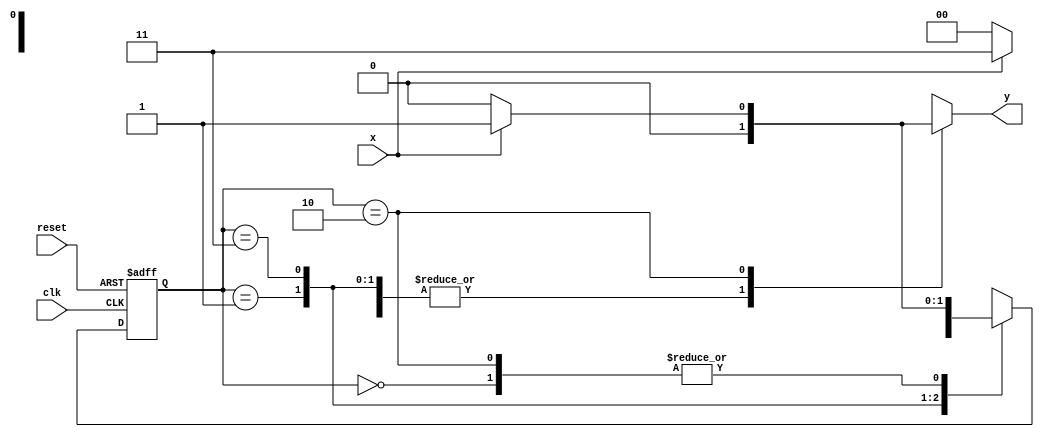
// ------------------------- 
// Maquina de Estados Finitos - Mealy
// Nome: Bruno Cezar Andrade Viallet 
// ------------------------- 


// -------------- 
// --- Mealy FSM 
// -------------- 

/* 
				Mealy FSM Diagram 
				__________________ 
			  /                  \ 
	 	  1 v       1        0 1 | // found 
 [start]--->[id1]--->[id11]--->[id110] 
	^ \0 0 | 1 / ^ 0 | // not found 
		\_/ / \__/ | 
		 \_______/ / 
		  \ / 
			\______________________/ 
*/
 
// constant definitions 
`define found 1 
`define notfound 0 

// FSM by Mealy 
module mealy1101 ( y, x, clk, reset ); 
	output y; 
	input x; 
	input clk; 
	input reset; 
	reg y; 
	parameter // state identifiers 
	start = 2'b00, 
	id1 = 2'b01, 
	id11 = 2'b11, 
	id110 = 2'b10; 
	reg [1:0] E1; // current state variables 
	reg [1:0] E2; // next state logic output 
	
	// next state logic 
	always @( x or E1 ) begin 
		y = `notfound; 
	
	case ( E1 ) 
	start: 
		if ( x ) 
			E2 = id1; 
		else 
			E2 = start; 
		
	id1: 
		if ( x ) 
			E2 = id11; 
		else 
			E2 = start;
			 
	id11: 
		if ( x ) 
			E2 = id11; 
		else 
			E2 = id110; 
	
	id110: 
		if ( x ) begin 
			E2 = id1; 
			y = `found; 
			end 
		else begin 
			E2 = start; 
			y = `notfound; 
		end 
	
	default: // undefined state 
		E2 = 2'bxx; 
	endcase 
	
	end // always at signal or state changing 
	
	// state variables 
	always @( posedge clk or negedge reset ) begin 
		if ( reset ) 
			E1 = E2; // updates current state 
		else 
			E1 = 0; // reset 
	end // always at signal changing 

endmodule // mealy1101